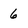
Character: 6